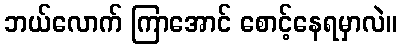
ဘယ်လောက် ကြာအောင် စောင့်နေရမှာလဲ။